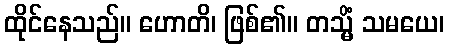
ထိုင်နေသည်။ ဟောတိ၊ ဖြစ်၏။ တသ္မိံ သမယေ၊